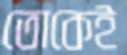
তোকেই